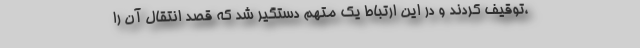
،توقیف کردند و در این ارتباط یک متهم دستگیر شد که قصد انتقال آن را